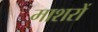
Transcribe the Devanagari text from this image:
माशरों